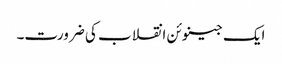
ایک جینوئن انقلاب کی ضرورت۔